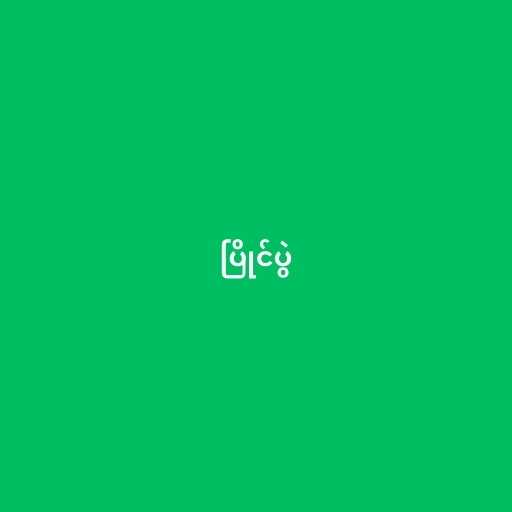
ပြိုင်ပွဲ